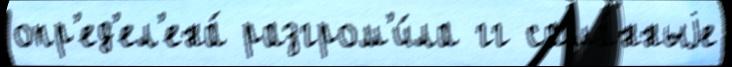
опр'ед'ел'ена́ разгром'и́ла гг сама́нныjе